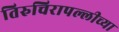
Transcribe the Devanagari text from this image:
तिरुचिरापल्लीच्या